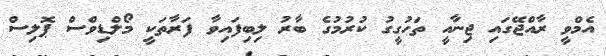
އެމްވީ ރާއްޖޭގައި ޖިނާއީ ތަހުގީގު ކުރުމުގެ ބާރު ލިބިފައިވާ ފަރާތަކީ މޯލްޑިވްސް ޕޮލިސް